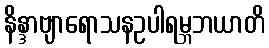
နိန္ဒာဗျာရောသနဥပါရမ္ဘဘယာတိ